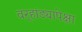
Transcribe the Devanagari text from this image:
वर्‍हांड्यापेक्षा